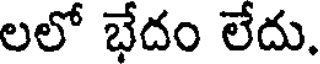
లలో భేదం లేదు.